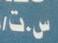
س . ت